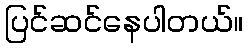
ပြင်ဆင်နေပါတယ်။